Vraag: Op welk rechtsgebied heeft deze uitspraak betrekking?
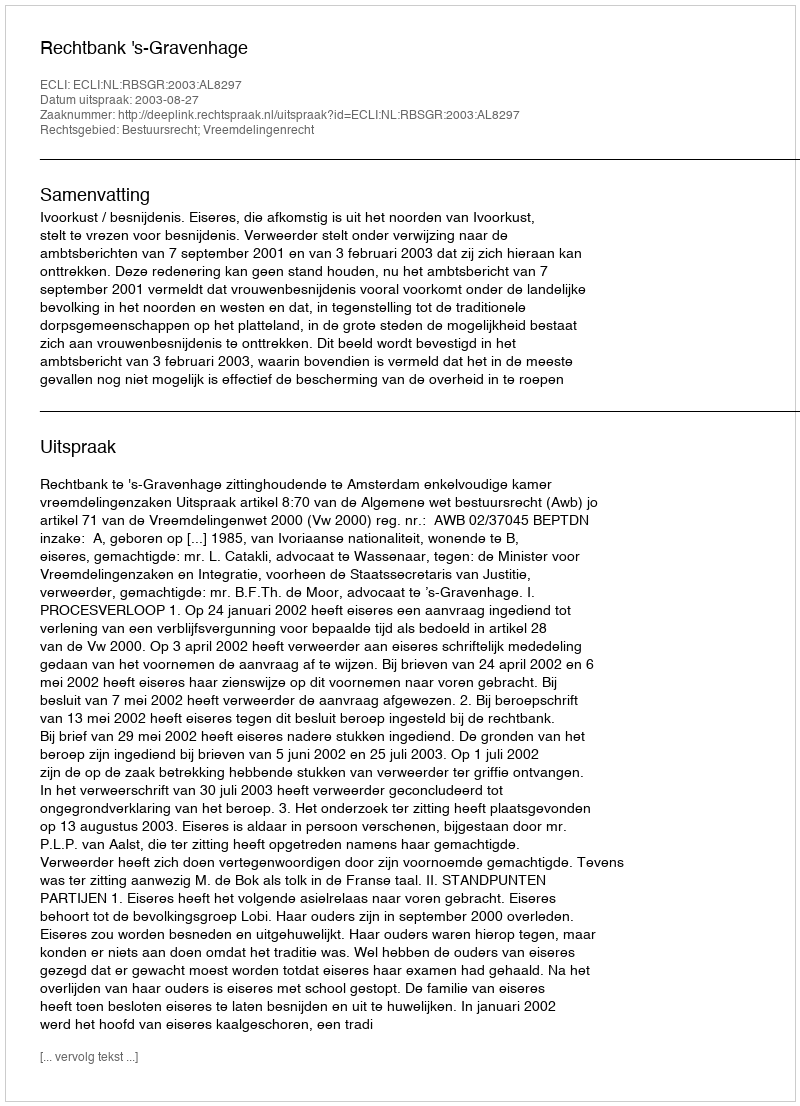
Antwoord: Bestuursrecht; Vreemdelingenrecht